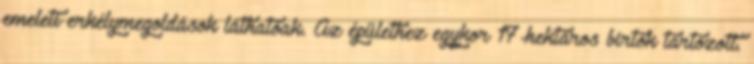
emeleti erkélymegoldások láthatóak. Az épülethez egykor 17-hektáros birtok tartozott.